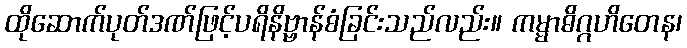
ထိုဆောက်ပုတ်ဒဏ်ဖြင့်ပရိနိဗ္ဗာန်စံခြင်းသည်လည်း။ ကမ္မာဓိဂ္ဂဟိတေန၊